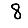
Digit: 8